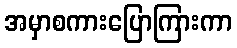
အမှာစကားပြောကြားကာ